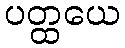
ပတ္ထယေ